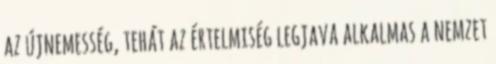
az újnemesség, tehát az értelmiség legjava alkalmas a nemzet